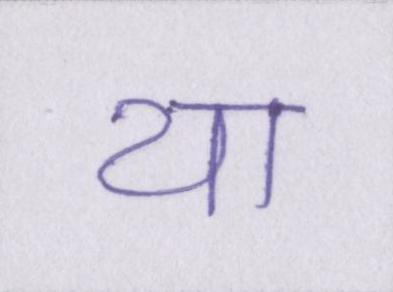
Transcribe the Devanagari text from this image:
या